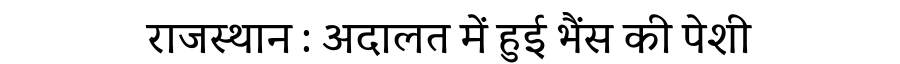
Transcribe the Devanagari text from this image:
राजस्थान : अदालत में हुई भैंस की पेशी